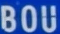
BOU